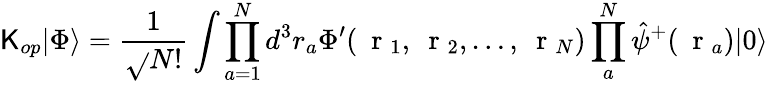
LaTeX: \mathsf{K}_{op}|\Phi\rangle=\frac{{1}}{{\sqrt{}{{N!}}}}\int\prod_{a=1}^{N}d^{3}r_{a}\Phi^{\prime}(\mathrm{{~\mathbf{~}r~}}_{1},\mathrm{{~\mathbf{~}r~}}_{2},\dots,\mathrm{{~\mathbf{~}r~}}_{N})\prod_{a}^{N}\hat{{\psi}}^{+}(\mathrm{{~\mathbf{~}r~}}_{a})|0\rangle